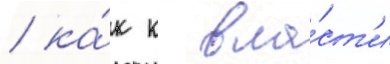
/ ка́к к вла́ст'и